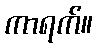
ကာရက်။